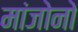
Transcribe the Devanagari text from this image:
मांजोनो